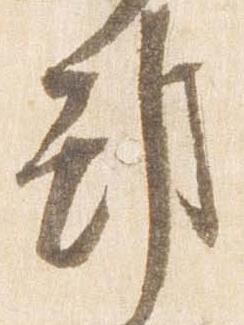
部